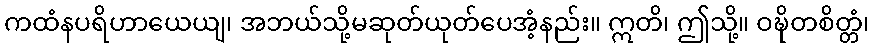
ကထံနပရိဟာယေယျ၊ အဘယ်သို့မဆုတ်ယုတ်ပေအံ့နည်း။ ဣတိ၊ ဤသို့။ ဝဍ္ဎိတစိတ္တံ၊